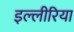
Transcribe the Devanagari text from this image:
इल्लीरिया